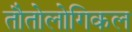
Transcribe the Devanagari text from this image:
तौतोलोगिकल